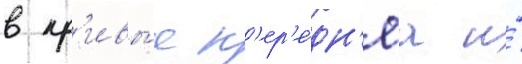
в кр'ивы́е п'ер'е́дн'яа и́